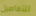
للتفاصيل